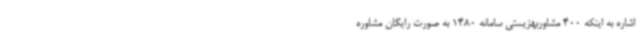
اشاره به اینکه 400 مشاوربهزیستی سامانه 1480 به صورت رایگان مشاوره